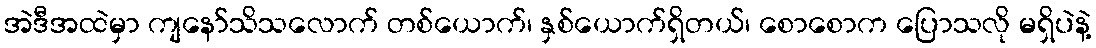
အဲဒီအထဲမှာ ကျနော်သိသလောက် တစ်ယောက်၊ နှစ်ယောက်ရှိတယ်၊ စောစောက ပြောသလို မရှိပဲနဲ့